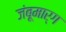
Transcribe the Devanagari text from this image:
जंबूमार्ग